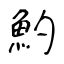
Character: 魡